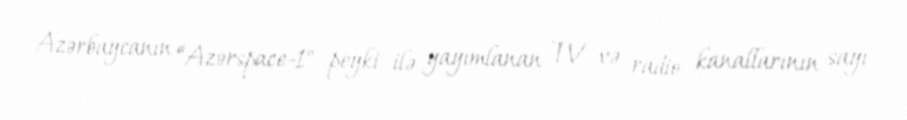
Azərbaycanın “Azərspace-1" peyki ilə yayımlanan TV və radio kanallarının sayı